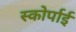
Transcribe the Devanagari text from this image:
स्कोर्पाई